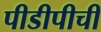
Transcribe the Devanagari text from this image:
पीडीपीची